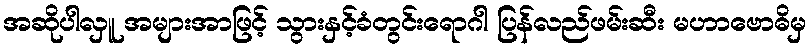
အဆိုပါလှူ အများအာဖြင့် သွားနှင့်ခံတွင်းရောဂါ ပြန်လည်ဖမ်းဆီး မဟာဗောဓိမှ